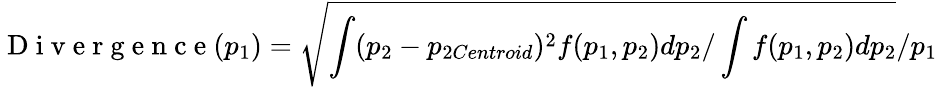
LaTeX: \mathrm{~D~i~v~e~r~g~e~n~c~e~}(p_{1})=\sqrt{\int(p_{2}-p_{2Centroid})^{2}f(p_{1},p_{2})dp_{2}/\int f(p_{1},p_{2})dp_{2}}/p_{1}